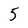
Character: 5